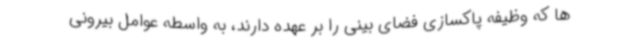
ها که وظیفه پاکسازی فضای بینی را بر عهده دارند، به واسطه عوامل بیرونی